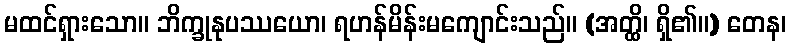
မထင်ရှားသော။ ဘိက္ခုနုပဿယော၊ ရဟန်မိန်းမကျောင်းသည်။ (အတ္ထိ၊ ရှိ၏။) တေန၊